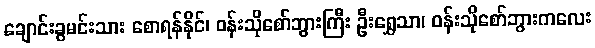
ချောင်းခွမင်းသား စောရန်နိုင်၊ ဝန်းသိုစော်ဘွားကြီး ဦးရွှေသာ၊ ဝန်းသိုစော်ဘွားကလေး